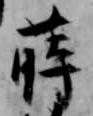
蒔